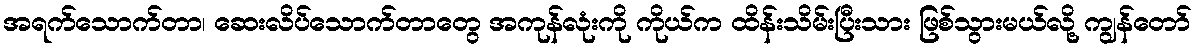
အရက်သောက်တာ၊ ဆေးလိပ်သောက်တာတွေ အကုန်လုံးကို ကိုယ်က ထိန်းသိမ်းပြီးသား ဖြစ်သွားမယ်လို့ ကျွန်တော်